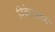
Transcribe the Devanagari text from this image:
विकेटमध्ये